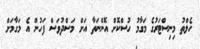
ހެލްތު މިނިސްޓަރުގެ މަގާމު ހުސްކޮށް އޮންނަތާ އަށް މަސްދުވަސް ފަހުން އެ މަގާމަށް